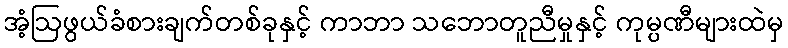
အံ့ဩဖွယ်ခံစားချက်တစ်ခုနှင့် ကာဘာ သဘောတူညီမှုနှင့် ကုမ္ပဏီများထဲမှ